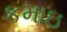
કમાઇ